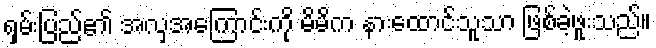
ရှမ်းပြည်၏ အလှအကြောင်းကို မိမိက နားထောင်သူသာ ဖြစ်ခဲ့ဖူးသည်။